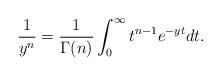
LaTeX: \begin{align*}\frac{1}{y^n} = \frac{1}{\Gamma(n)}\int_0^\infty t^{n-1}e^{-yt} dt.\end{align*}